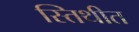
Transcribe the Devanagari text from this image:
स्तिथीत